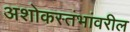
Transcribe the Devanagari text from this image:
अशोकस्तंभांवरील